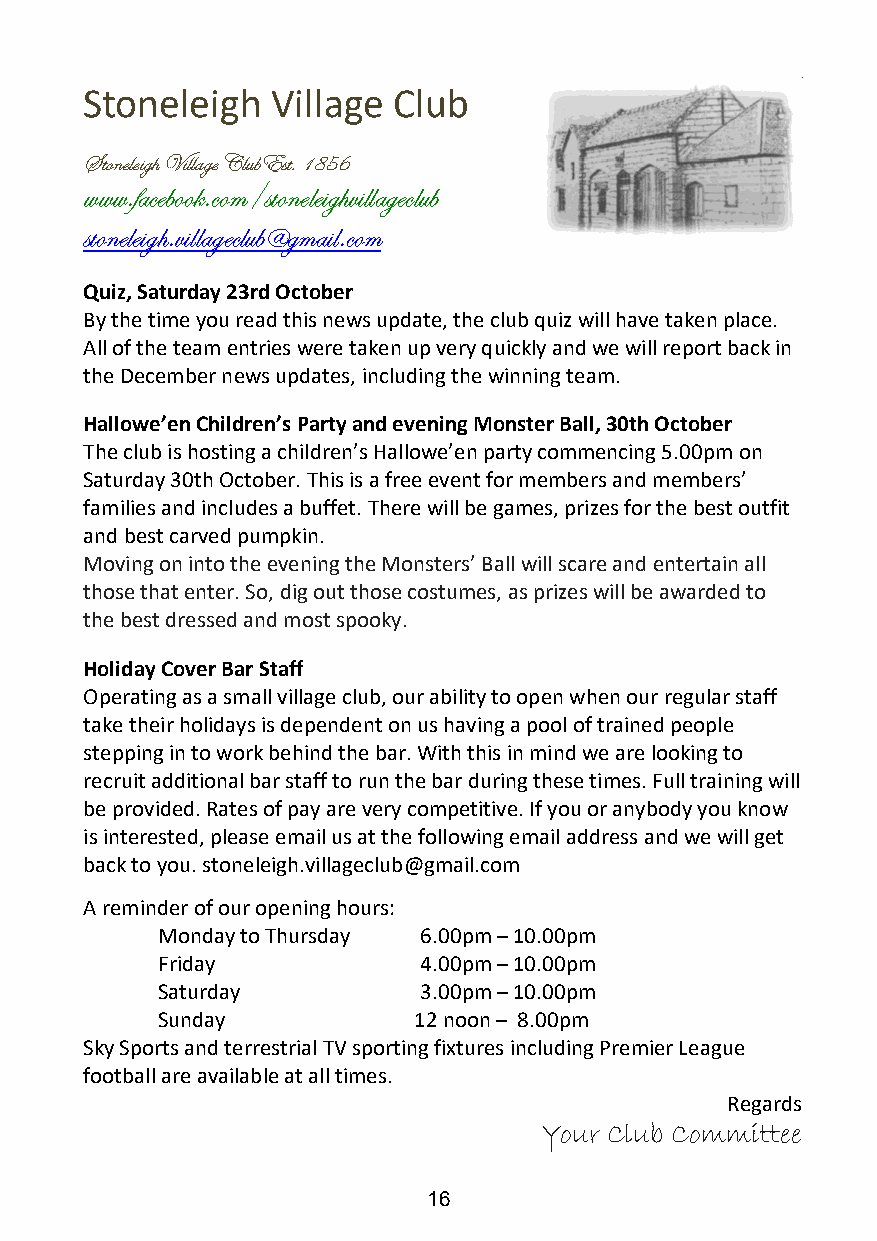
Stoneleigh  Village Club
 Stoneleigh Village ClubEst. 1856
 www.facebook.com/stoneleighvillageclub
 stoneleigh.villageclub@gmail.com
 Quiz, Saturday 23rd October
 By the time you read this news update, the club quiz will have taken place.
 All of the team entries were taken up very quickly and we will report back in
 the December news updates, including the winning team.
 Hallowe’en Children’s Party and evening Monster Ball, 30th October
 The club is hosting a children’s Hallowe’en party commencing 5.00pm on
 Saturday 30th October. This is a free event for members and members’
 families and includes a buffet. There will be games, prizes for the best outfit
 and best carved pumpkin.
 Moving on into the evening the Monsters’ Ball will scare and entertain all
 those that enter. So, dig out those costumes, as prizes will be awarded to
 the best dressed and most spooky.
 Holiday Cover Bar Staff
 Operating as a small village club, our ability to open when our regular staff
 take their holidays is dependent on us having a pool of trained people
 stepping in to work behind the bar. With this in mind we are looking to
 recruit additional bar staff to run the bar during these times. Full training will
 be provided. Rates of pay are very competitive. If you or anybody you know
 is interested, please email us at the following email address and we will get
 back to you. stoneleigh.villageclub@gmail.com
 A reminder of our opening hours:
 Monday to Thursday 6.00pm – 10.00pm
 Friday            4.00pm – 10.00pm
 Saturday          3.00pm – 10.00pm
 Sunday           12 noon – 8.00pm
 Sky Sports and terrestrial TV sporting fixtures including Premier League
 football are available at all times.
 Regards
 Your Club Committee
 16